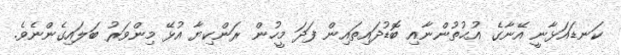
ކަނޑައަޅާނީ އޭނާގެ އުޙުތުންނާއި ބޮޑުދައިތައިން ފަދަ މީހުން ރަންކިޔާ އުޅޭ މިންވަރު ބަލައިގެންނެވެ.